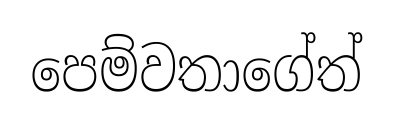
පෙම්වතාගේත්